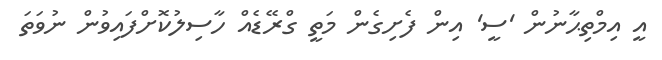
އީ އިމްތިޙާނުން 'ސީ' އިން ފެށިގެން މަތީ ގްރޭޑެއް ހާސިލުކޮށްފައިވުން ނުވަތަ